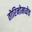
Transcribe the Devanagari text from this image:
तोरिनोमध्येच